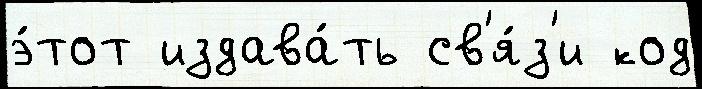
э́тот издава́ть св'я́з'и код